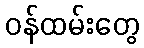
ဝန်ထမ်းတွေ